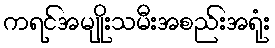
ကရင်အမျိုးသမီးအစည်းအရုံး